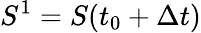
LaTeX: S^{1}=S(t_{0}+\Delta t)